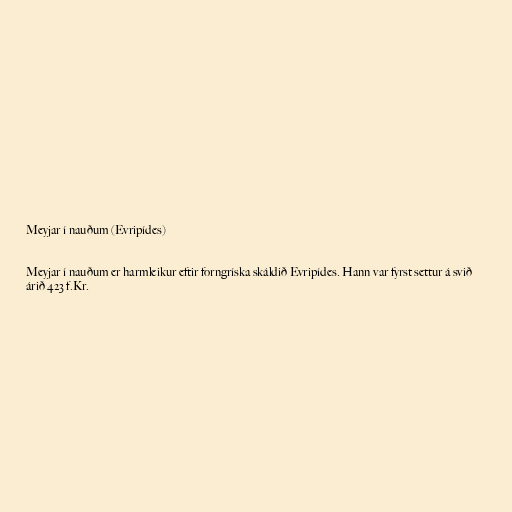
Meyjar í nauðum (Evripídes)

Meyjar í nauðum er harmleikur eftir forngríska skáldið Evripídes. Hann var fyrst settur á svið
árið 423 f.Kr.